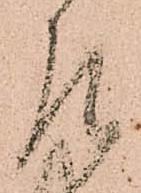
罷